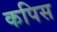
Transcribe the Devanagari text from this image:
कपिस